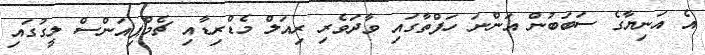
އެ އަނިޔާގެ ސަބަބުން އަންނަ ހަފްތާގައި ވާދަވެރި ރިއަލް މެޑްރިޑާއި ޗެމްޕިއަންސް ލީގުގައި